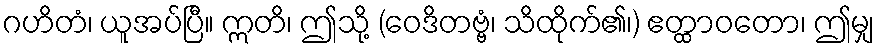
ဂဟိတံ၊ ယူအပ်ပြီ။ ဣတိ၊ ဤသို့ (ဝေဒိတဗ္ဗံ၊ သိထိုက်၏၊) ဧတ္ထာဝတော၊ ဤမျှ